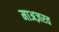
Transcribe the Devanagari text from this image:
माअज़रत